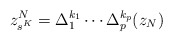
\begin{align*}z^N_{s^K} = \Delta_1^{k_1} \cdots \Delta_p^{k_p}(z_N)\end{align*}